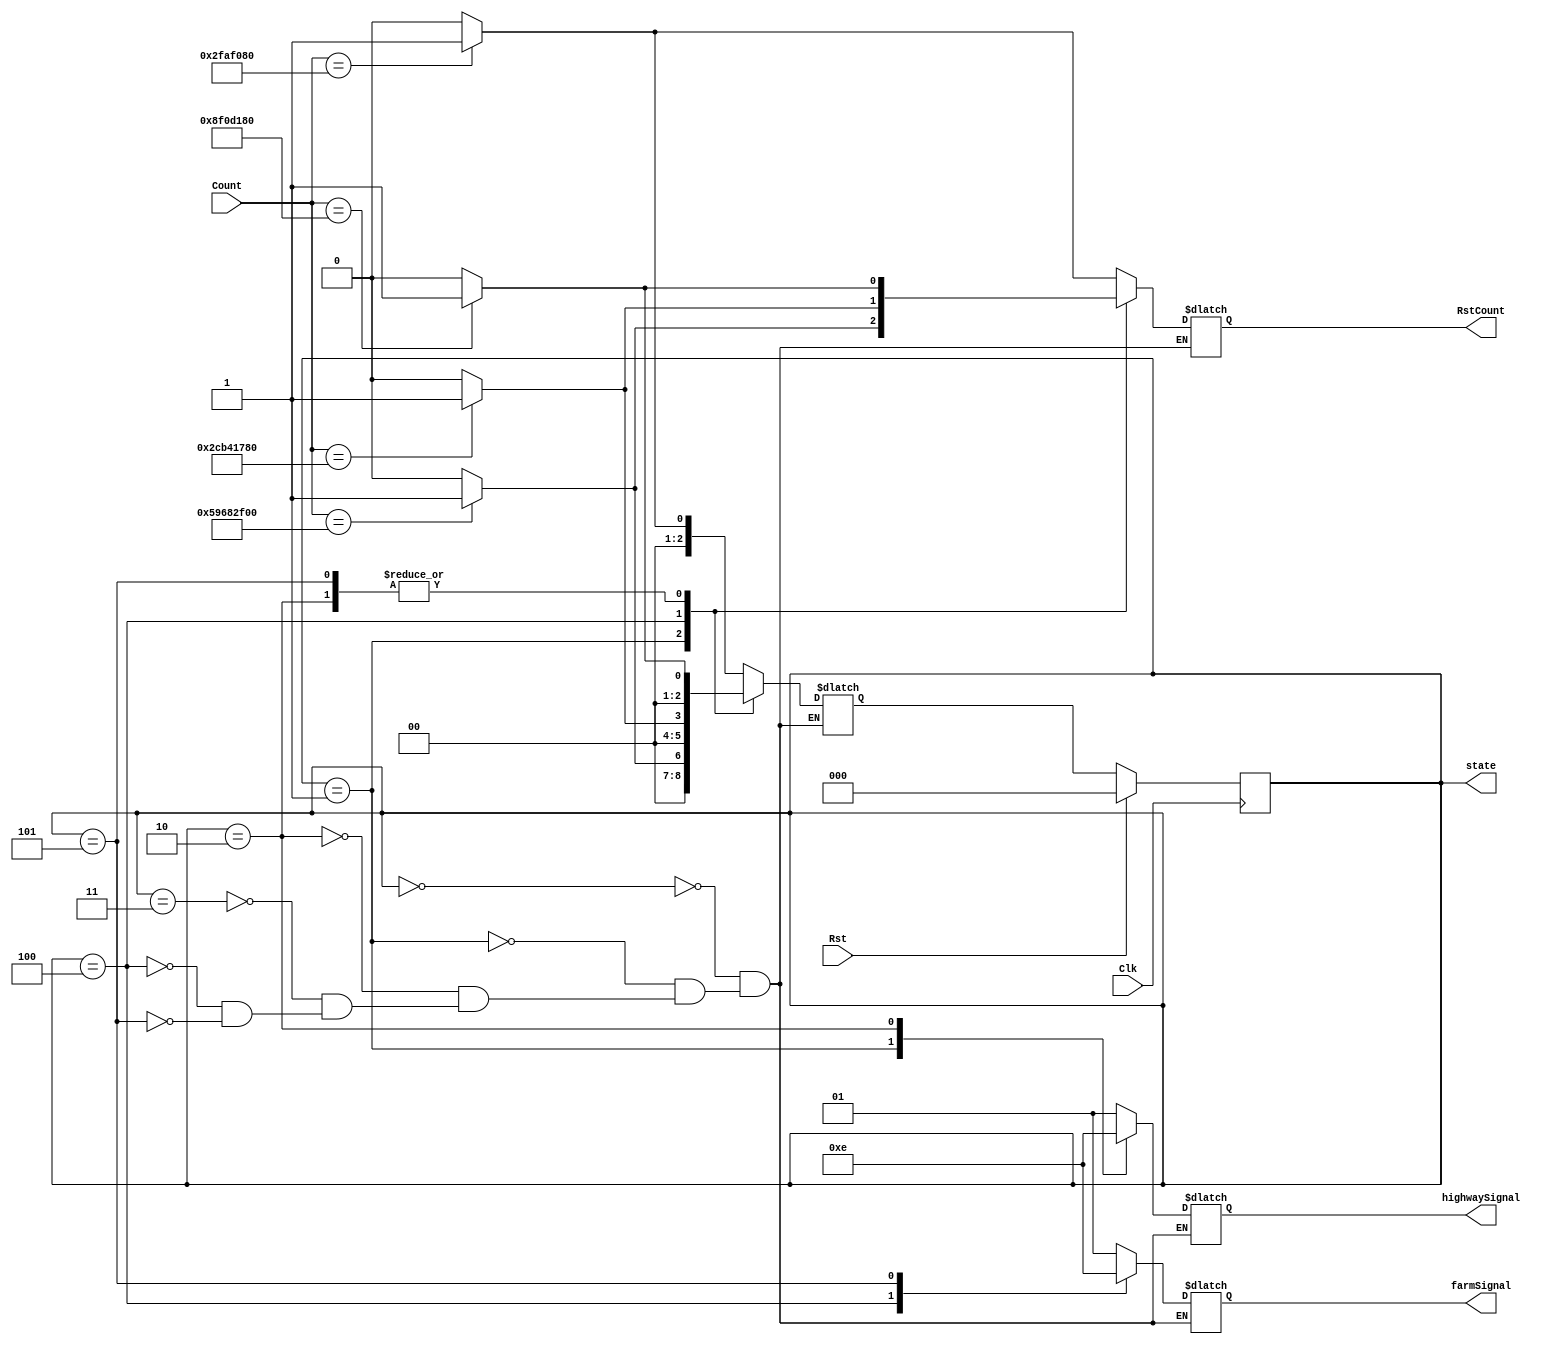
`timescale 1ns / 1ns
`default_nettype none
`define one 50000000
`define three 150000000
`define fifteen 750000000
`define thirty 1500000000


module tlc_fsm(
	output reg [2:0] state,
	output reg RstCount,
	output reg [1:0] highwaySignal, farmSignal,
	input wire [30:0] Count,
	input wire Clk, Rst);
	
	reg [2:0] nextState; // declare internal nets
	
	// parameters for easy understanding
	parameter S0 = 3'b000,
			  S1 = 3'b001,
			  S2 = 3'b010,
			  S3 = 3'b011,
			  S4 = 3'b100,
			  S5 = 3'b101;
	
	parameter red = 2'b01,
			  yellow = 2'b10,
			  green = 2'b11;
			  	
	always@(*)
		case(state)
			S0: begin
			    highwaySignal <= red;
                farmSignal <= red;				
				if(Count == `one) begin
					nextState <= S1;
					RstCount <= 1;
				end
				else begin
                    nextState <= S0;
                    RstCount <= 0;
				end
			end
			S1: begin
		        if(Count == `thirty) begin
                    highwaySignal <= green;
                    farmSignal <= red;
                    nextState <= S1;
                    RstCount <= 1;
                end
                else begin
                    highwaySignal <= green;
                    farmSignal <= red;
                    nextState <= S0;
                    RstCount <= 0;
                end
			end
			S2: begin
			    if(Count == `three) begin
                    highwaySignal <= yellow;
                    farmSignal <= red;
                    nextState <= S1;
                    RstCount <= 1;
                end
                else begin
                    highwaySignal <= yellow;
                    farmSignal <= red;
                    nextState <= S0;
                    RstCount <= 0;
                end
			end
			S3: begin
			    if(Count == `one) begin
                    highwaySignal <= red;
                    farmSignal <= red;
                    nextState <= S1;
                    RstCount <= 1;
                end
                else begin
                    highwaySignal <= red;
                    farmSignal <= red;
                    nextState <= S0;
                    RstCount <= 0;
                end
			end
			S4: begin
			    if(Count == `fifteen) begin
                    highwaySignal <= red;
                    farmSignal <= green;
                    nextState <= S1;
                    RstCount <= 1;
                end
                else begin
                    highwaySignal <= red;
                    farmSignal <= green;
                    nextState <= S0;
                    RstCount <= 0;
                end
			end
			S5: begin 
			    if(Count == `three) begin
                    highwaySignal <= red;
                    farmSignal <= yellow;
                    nextState <= S1;
                    RstCount <= 1;
                end
                else begin
                    highwaySignal <= red;
                    farmSignal <= yellow;
                    nextState <= S0;
                    RstCount <= 0;
                end
			end
		endcase

	always@(posedge Clk)
		if(Rst)
			state <= S0; // reset state
		else
			state <= nextState; // set next state
		
		
			
endmodule